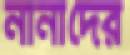
নানাদের